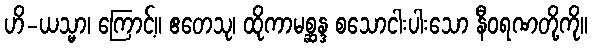
ဟိ-ယသ္မာ၊ ကြောင့်။ ဧတေသု၊ ထိုကာမစ္ဆန္ဒ စသောငါးပါးသော နီဝရဏတို့ကို။